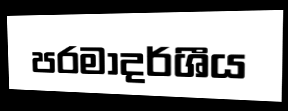
පරමාදර්ශීය